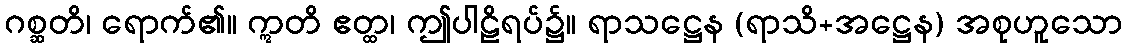
ဂစ္ဆတိ၊ ရောက်၏။ ဣတိ ဧတ္ထ၊ ဤပါဠိရပ်၌။ ရာသဋ္ဌေန (ရာသိ+အဋ္ဌေန) အစုဟူသော